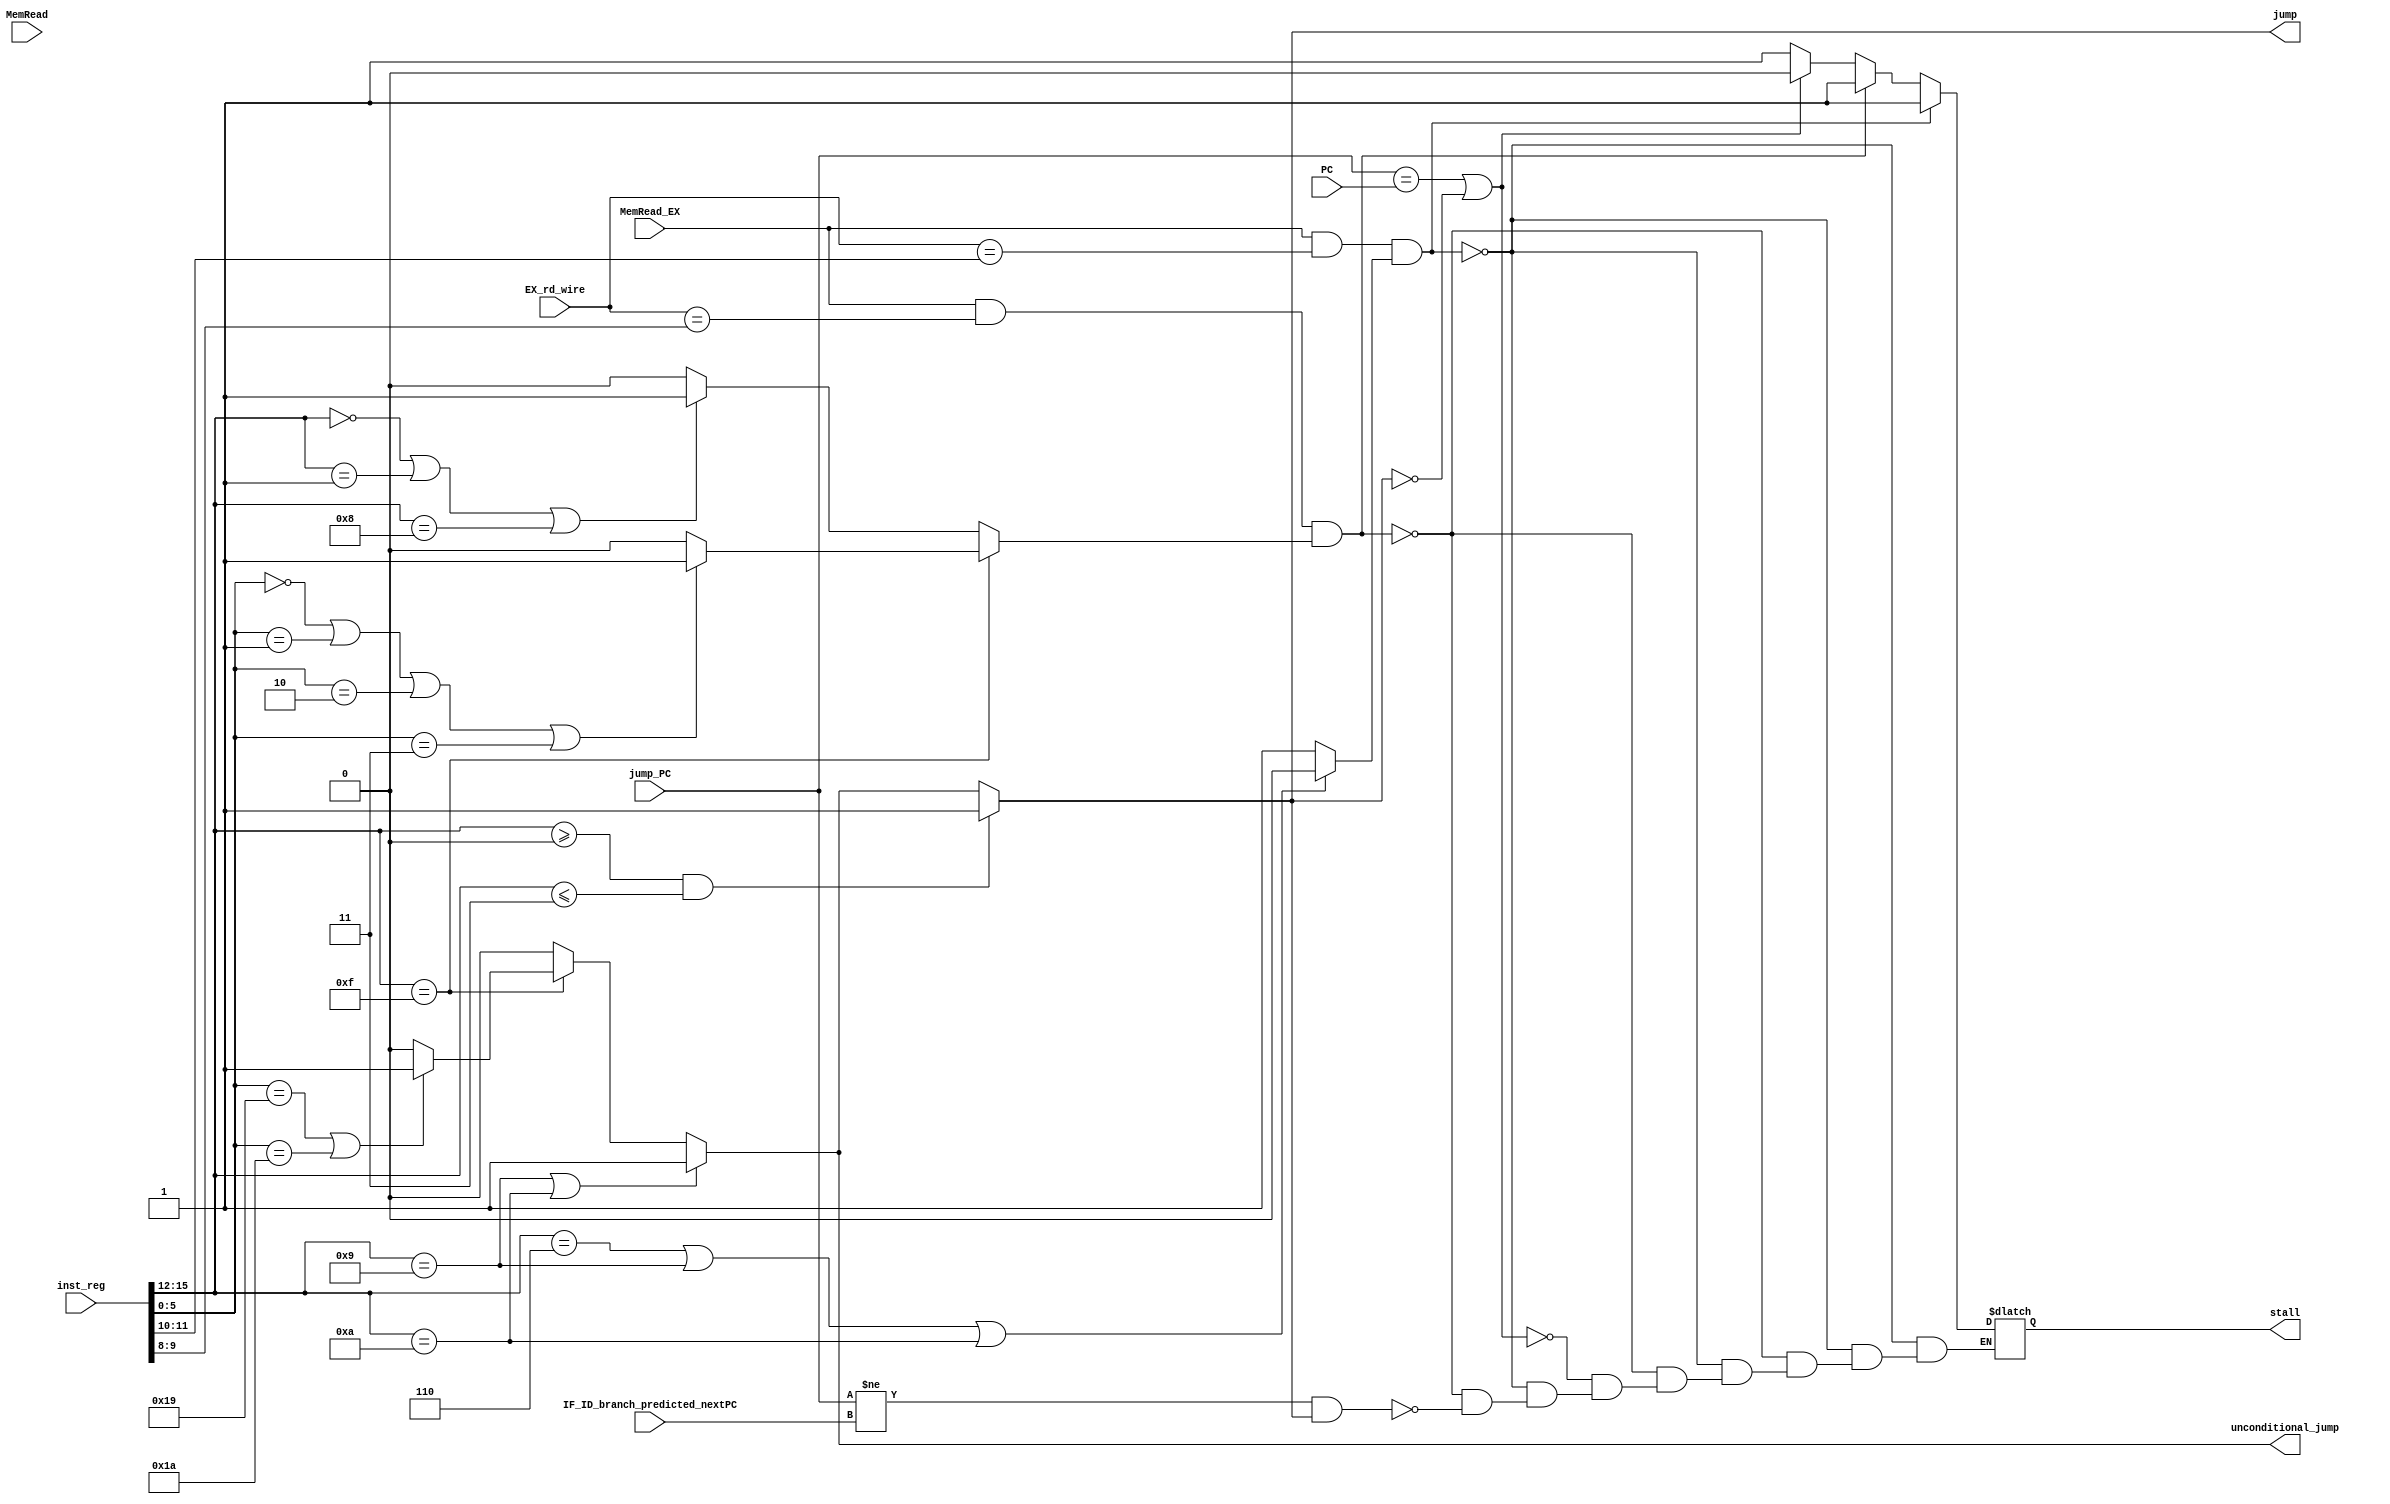
`define WORD_SIZE 16
module Hazard_Detection_Unit(
  input [`WORD_SIZE-1:0] IF_ID_branch_predicted_nextPC,
  input [`WORD_SIZE-1:0] jump_PC,
  input [`WORD_SIZE-1:0] inst_reg,
  input MemRead_EX,
  input [`WORD_SIZE-1:0] PC,
  input [1:0] EX_rd_wire,
  input MemRead,
  
  output reg stall,
  output reg jump,
  output reg unconditional_jump
);
wire [3:0] ALUOp = inst_reg[15:12];
wire [5:0] func = inst_reg[5:0];
wire [1:0] rs = inst_reg[11:10];
wire [1:0] rt = inst_reg[9:8];
reg use_rs;
reg use_rt;

// use_rs logic
always @(*) begin
    if(ALUOp==4'd6 || ALUOp==4'd9 || ALUOp == 4'd10) use_rs = 0;
    else use_rs = 1;
end

// use_rt logic
always @(*) begin
    if(ALUOp == 4'd15) begin
        if(func==6'd0 || func==6'd1 || func==6'd2 || func==6'd3) use_rt = 1;
        else use_rt = 0;
    end
    else if(ALUOp == 4'd0 || ALUOp == 4'd1 || ALUOp == 4'd8) use_rt = 1;
    else use_rt = 0;
end

initial begin
  stall = 0;
  use_rs = 0;
  use_rt = 0;
end

// to judge whether this is control transfer instruction
//reg jump;
always @(*) begin
    if(ALUOp >= 4'd0 && ALUOp <= 4'd3) jump = 1;
    else if(ALUOp == 4'd9 || ALUOp == 4'd10) jump = 1;
    else if(ALUOp == 4'd15) begin
        if(func == 6'd25 || func == 6'd26) jump = 1;
        else jump = 0;
    end
    else jump = 0;
end

always @(*) begin
    if(ALUOp ==4'd9 || ALUOp == 4'd10) unconditional_jump = 1;
    else if(ALUOp == 4'd15) begin
        if(func == 6'd25 || func == 6'd26) unconditional_jump = 1;
        else unconditional_jump = 0;
    end
    else unconditional_jump = 0;
end

//data hazard and control hazard
always @(*) begin
    //data hazard
    
    if(MemRead_EX && EX_rd_wire == rs && use_rs) stall = 1;
    else if(MemRead_EX && EX_rd_wire == rt && use_rt) stall = 1;
   
    else begin
        //control hazard
        if(jump_PC != IF_ID_branch_predicted_nextPC && jump) stall = 1;
        if(jump_PC == PC || !jump) stall = 0;
        
    end
end


endmodule